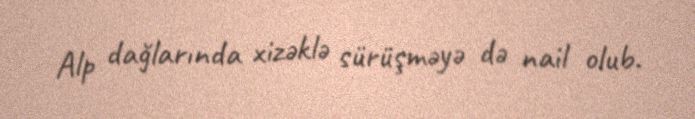
Alp dağlarında xizəklə sürüşməyə də nail olub.